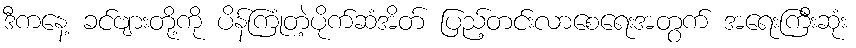
ဒီကနေ့ ခင်ဗျားတို့ကို ပိန်ကြုံတဲ့ပိုက်ဆံအိတ် ပြည့်တင်းလာစေရေးအတွက် အရေးကြီးဆုံး